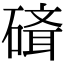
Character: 𥕁